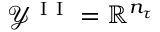
\mathcal { Y } ^ { \mathrm { ~ I ~ I ~ } } = \mathbb { R } ^ { n _ { \tau } }